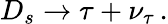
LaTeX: D_{s}\to\tau+\nu_{\tau}\, .